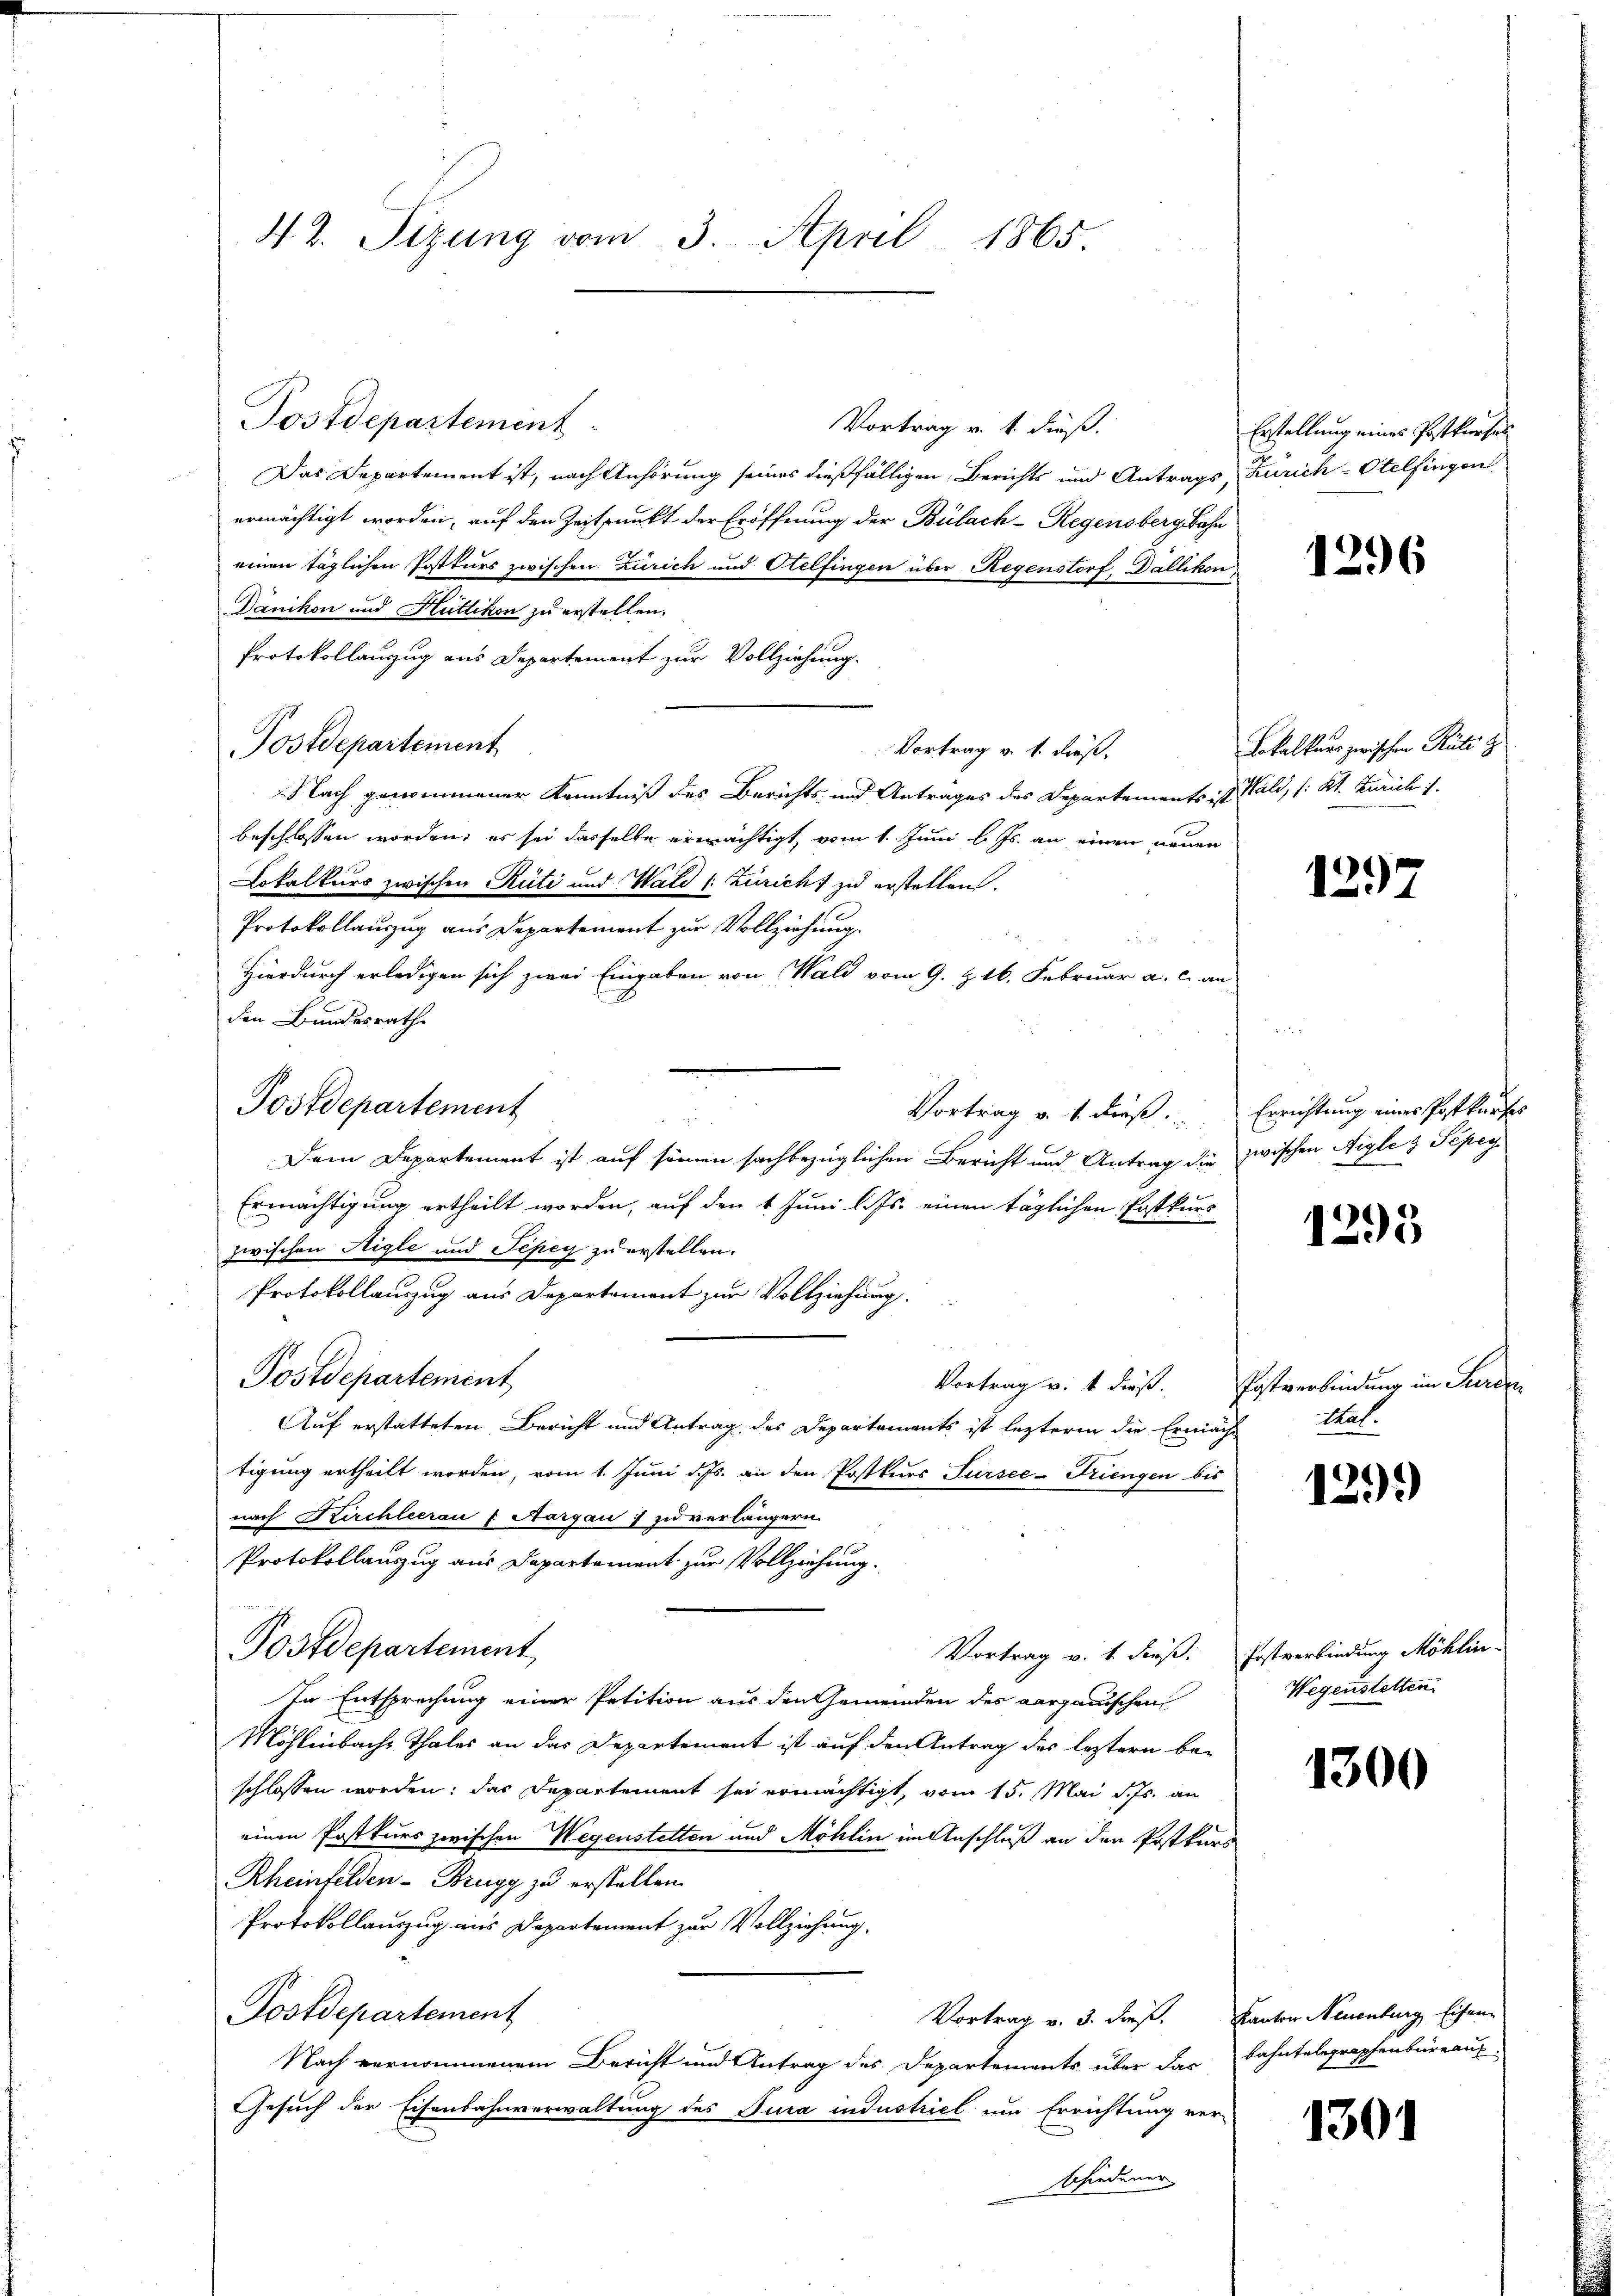
42. Sizung vom 3. April 1865.

Vortrag v. 1. dieß.
Das Departement ist, nach Anhörung seines dießfälligen Berichts und Antrags, Zürich Otelfingen
ermächtigt worden, auf den Zeitpunkt der Eröffnung der Bülach–Regensbergbahn
einen täglichen Postkurs zwischen Zürich und Otelfingen über Regenstorf, Dällikon
Dänikon und Hüttikon zu erstellen.
Protokollanzug aus Departement zur Vollziehung.
Postdepartement
Vortrag v. 1. dieß.
.Nach genommener Kenntniß des Berichts- und Antrages des Departements ist Wald, /: Kt. Zürich i
beschlossen worden, es sei dasselbe erwächtigt, vom 1. Juni l. Js. an einen neuen
Lokalkurs zwischen Rüti und Wald (: Züricht zu erstellen.
Protokollauszug aus Departement zur Vollziehung.
Hierdurch erledigen sich zwei Eingaben von Wald vom 9. Z. 16. Februar a. c. an
den Bundesrathe
Postdepartement
Vortrag v. 1. dieß. Errichtung eines Postkurses
Dem Departement ist auf seinen sachbezüglichen Bericht und Antrag die zwischen Aigle 3 Sepeg
Ermächtigung ertheilt worden, auf den 1 Juni l. Js. einen täglichen Postkurs
zwischen Higle und Tepey zu erstellen.
Protokollauszug aus Departement zur Vollziehung.
Postdepartement
Vortrag v. 1 dieß. Postverbindung im Jurer
Auf erstatteten Bericht und Antrag des Departements ist lezteren die Ermäche Thal-
tigung ertheilt worden, vom 1. Juni d. Js. an den Postkurs Fürsee-Triengen bis
nach Kirchleerau f Aargau :/ zu verlängern.
Protokollauszug aus Departement zur Vollziehung.
Postdepartement
Vortrag v. 1. dieß: Erstverbindung Möhlin-
In Entsprechung einer Petition aus den Gemeinden des Aargauischen
Möhlinbache Thales an das Departement ist auf den Antrag des leztern be-
schlossen worden; das Departement sei ermächtigt, vom 15. Mai d. Js. an
einen Postkurs zwischen Wegenstetten und Möhlin im Anschluß an den Postkurs
Rheinfelden- Brugg zu erstellen.
Protokollauszug aus Departement zur Vollziehung
Postdepartement
Vortrag v. 3. dieß. Kanton Neuenburg, Eisen-
Nach vernommenem Bericht und Antrag des Departements über das Bahntelegraphenbüreauf
Gesuch der Eisenbahnverwaltung des Jura industriel um Errichtung ver-
schiedener

Postdepartement

Erstellung eines Postkurses

1296

Lokalkurs zwischen Rüti z

1297

1295

129.)

Wegenstetten

1300

1301